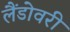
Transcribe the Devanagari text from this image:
लैंडोवरी